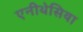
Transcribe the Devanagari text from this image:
एनीथेसिया